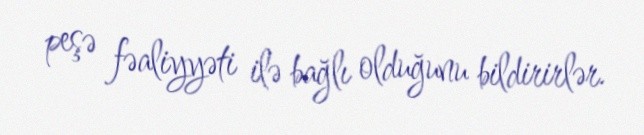
peşə fəaliyyəti ilə bağlı olduğunu bildirirlər.